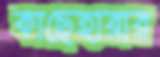
কাছেহারার